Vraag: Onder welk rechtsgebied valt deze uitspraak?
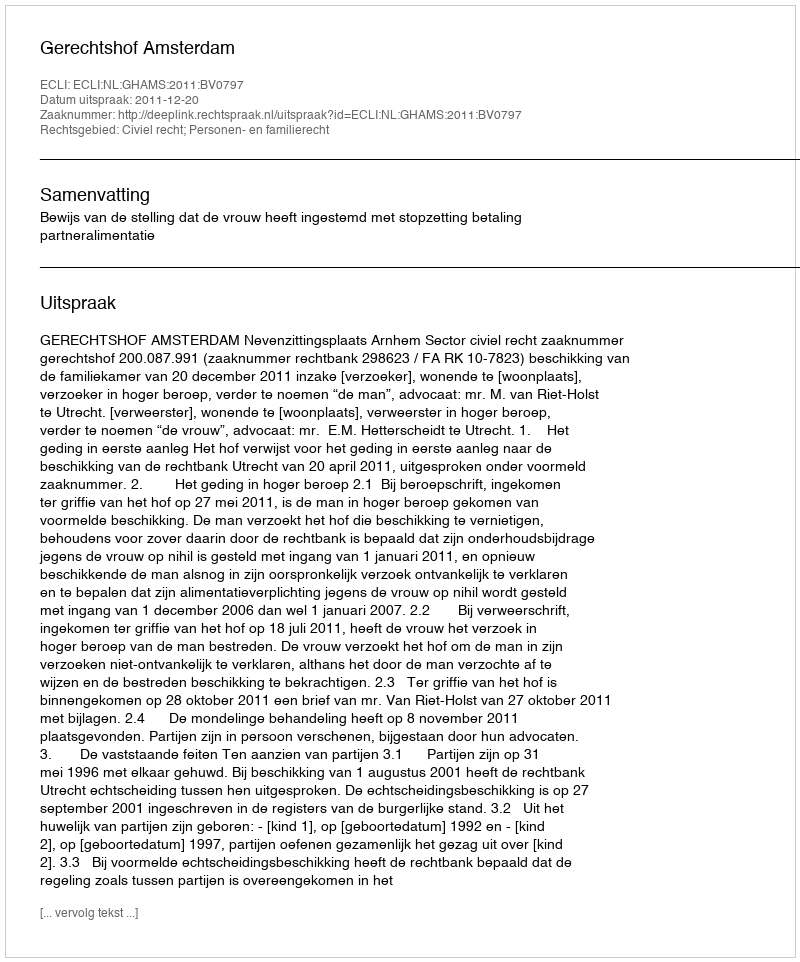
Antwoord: Civiel recht; Personen- en familierecht